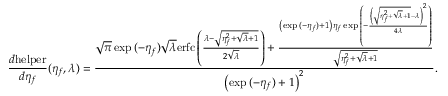
\frac { d \mathrm { h e l p e r } } { d \eta _ { f } } ( \eta _ { f } , \lambda ) = \frac { \sqrt { \pi } \exp { ( - \eta _ { f } ) } \sqrt { \lambda } \mathrm { e r f c } \left( \frac { \lambda - \sqrt { \eta _ { f } ^ { 2 } + \sqrt { \lambda } + 1 } } { 2 \sqrt { \lambda } } \right) + \frac { \left( \exp { ( - \eta _ { f } ) } + 1 \right) \eta _ { f } \exp { \left( - \frac { \left( \sqrt { \eta _ { f } ^ { 2 } + \sqrt { \lambda } + 1 } - \lambda \right) ^ { 2 } } { 4 \lambda } \right) } } { \sqrt { \eta _ { f } ^ { 2 } + \sqrt { \lambda } + 1 } } } { \left( \exp { ( - \eta _ { f } ) } + 1 \right) ^ { 2 } } .